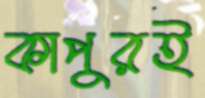
কাপুরই